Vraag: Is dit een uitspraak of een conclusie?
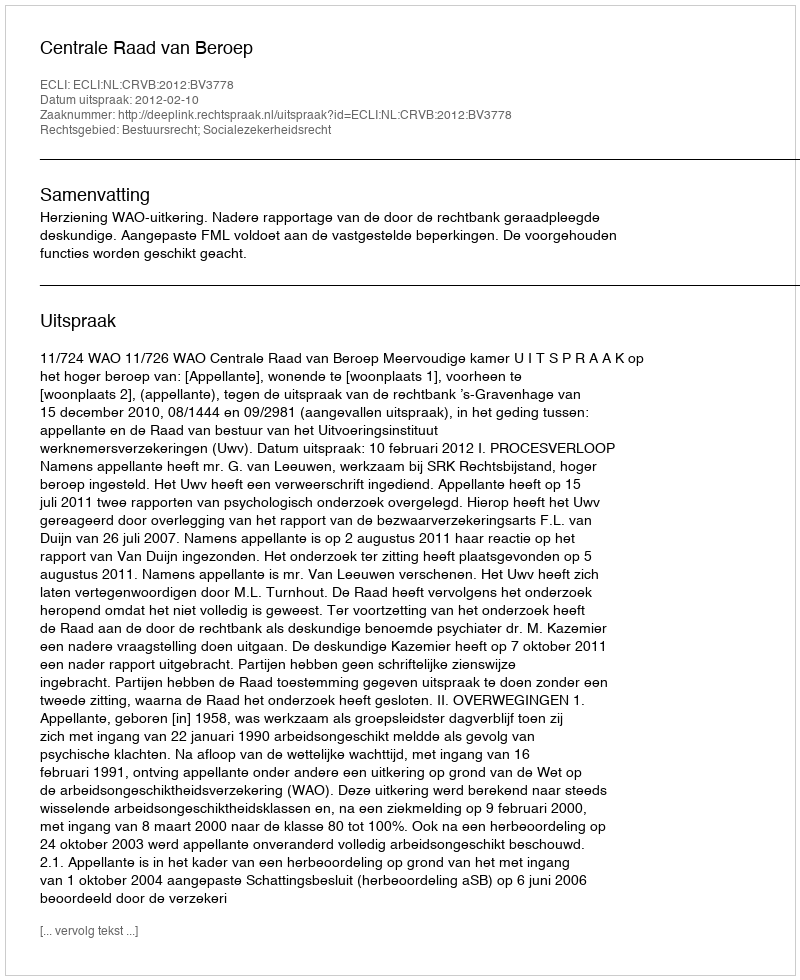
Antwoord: Uitspraak